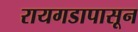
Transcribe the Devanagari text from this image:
रायगडापासून